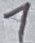
Text: 1